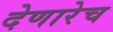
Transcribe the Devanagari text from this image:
देणारेच